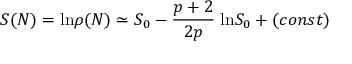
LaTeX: S ( N ) = \mathrm { l n } \rho ( N ) \simeq S _ { 0 } - \frac { p + 2 } { 2 p } \; \mathrm { l n } S _ { 0 } + ( c o n s t )